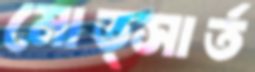
মোত্সার্ত